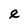
Character: e